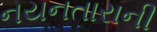
નયનતારાની